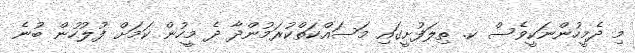
މި ދެމީހުންނަކީވެސް ކ. ތިލަފުށީގައި މަސައްކަތްކުރަމުންދާ ދެ މީހުން ކަމަށް ފުލުހުން ބުނެ